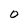
Character: O